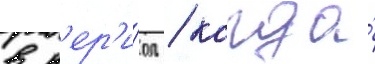
в п'ер'и́од / когда́